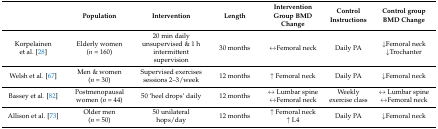
<table><thead><tr><td>[EMPTY_CELL]</td><td><b>Population</b></td><td><b>Intervention</b></td><td><b>Length</b></td><td><b>Intervention Group BMD Change</b></td><td><b>Control Instructions</b></td><td><b>Control group BMD Change</b></td></tr></thead><tbody><tr><td>Korpelainen et al. [28]</td><td>Elderly women (<i>n</i> = 160)</td><td>20 min daily unsupervised &amp; 1 h intermittent supervision</td><td>30 months</td><td>↔Femoral neck</td><td>Daily PA</td><td>↓Femoral neck↓Trochanter</td></tr><tr><td>Welsh et al. [67]</td><td>Men &amp; women (<i>n</i> = 30)</td><td>Supervised exercises sessions 2–3/week</td><td>12 months</td><td>↑ Femoral neck</td><td>Daily PA</td><td>↓Femoral neck</td></tr><tr><td>Bassey et al. [82] </td><td>Postmenopausal women (<i>n</i> = 44)</td><td>50 ‘heel drops’ daily</td><td>12 months</td><td>↔ Lumbar spine↔Femoral neck</td><td>Weekly exercise class</td><td>↔ Lumbar spine↔Femoral neck</td></tr><tr><td>Allison et al. [73]</td><td>Older men (<i>n</i> = 50)</td><td>50 unilateral hops/day</td><td>12 months</td><td>↑ Femoral neck↑ L4</td><td>Daily PA</td><td>↓Femoral neck</td></tr></tbody></table>